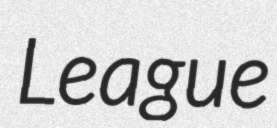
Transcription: League